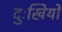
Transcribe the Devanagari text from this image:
दुःखियों